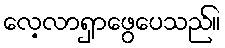
လေ့လာရှာဖွေပေသည်။